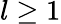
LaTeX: l\geq 1